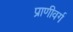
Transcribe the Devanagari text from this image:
प्राणीवर्ग